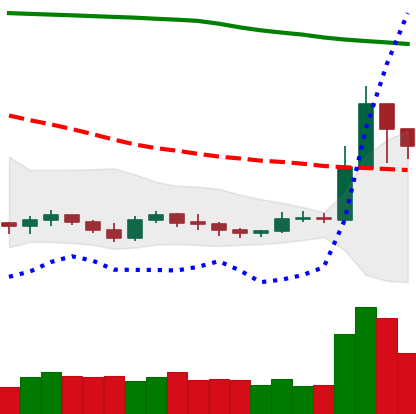
Ticker: XRP-USD
Chart end date: 2019-09-20
Forward return: -16.31%
Label: down_7plus